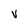
Character: V